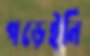
পড়েইনি